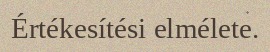
Értékesítési elmélete.